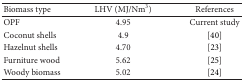
| Biomass type | LHV (MJ/Nm3) | References |
 | --- | --- | --- |
 | OPF | 4.95 | Current study |
 | Coconut shells | 4.9 | [40] |
 | Hazelnut shells | 4.70 | [23] |
 | Furniture wood | 5.62 | [25] |
 | Woody biomass | 5.02 | [24] |